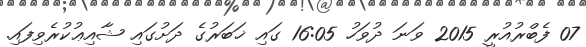
07 ފެބްރުއުރީ 2015 ވަނަ ދުވަހު 16:05 ގައި ޚަބަރުގެ ދަށުގައި ޝާއިޢުކުރެވިފައި.